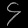
Digit: ၄